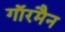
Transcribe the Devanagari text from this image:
गाॅरमैन